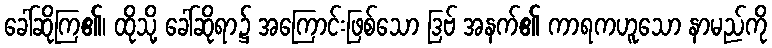
ခေါ်ဆိုကြ၏၊ ထိုသို့ ခေါ်ဆိုရာ၌ အကြောင်းဖြစ်သော ဒြဗ် အနက်၏ ကာရကဟူသော နာမည်ကို